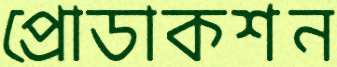
প্রোডাকশন